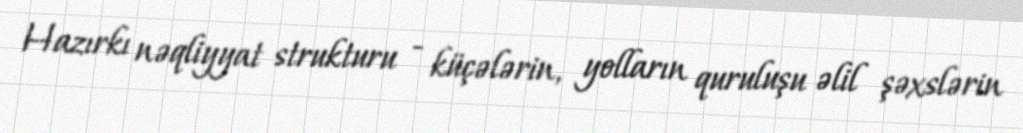
Hazırkı nəqliyyat strukturu - küçələrin, yolların quruluşu əlil şəxslərin